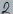
Text: 2